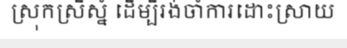
ស្រុកស្រីស្នំ ដើម្បីរង់ចាំការដោះស្រាយ